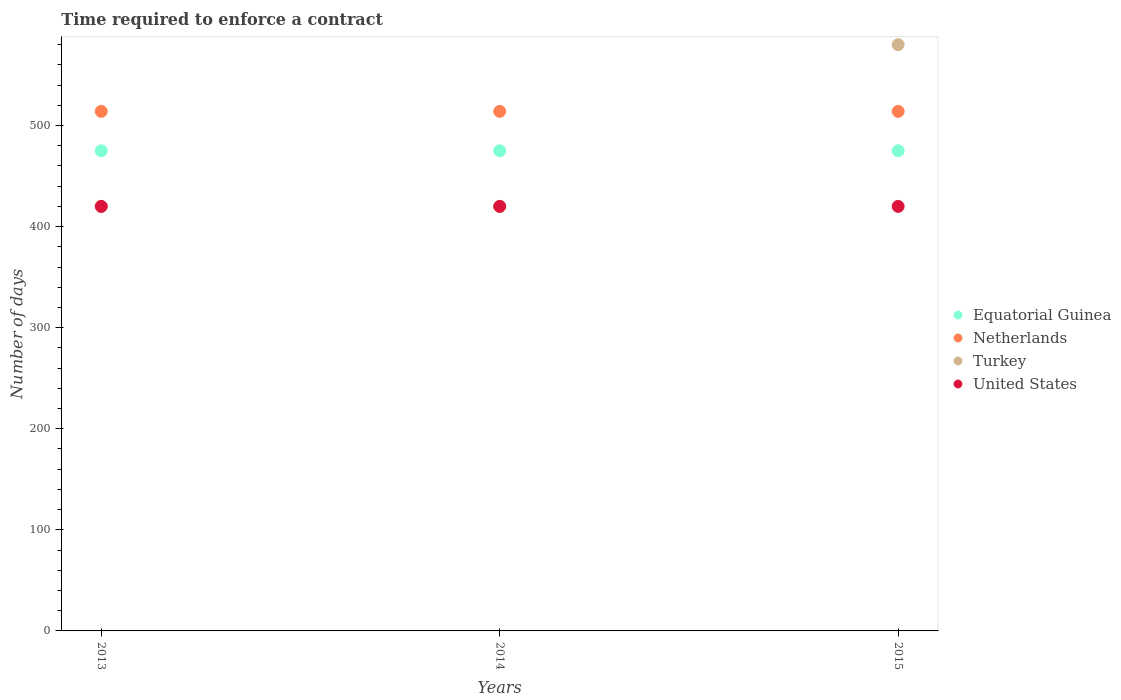
| Years | Equatorial Guinea | Netherlands | Turkey | United States |
 | --- | --- | --- | --- | --- |
 | 2013 | 475 | 514 | 420 | 420 |
 | 2014 | 475 | 514 | 420 | 420 |
 | 2015 | 475 | 514 | 580 | 420 |